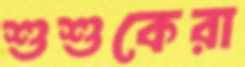
শুশুকেরা